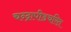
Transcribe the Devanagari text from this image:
चन्द्रापीडचरित